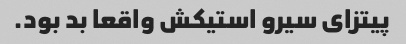
پیتزای سیرو استیکش واقعا بد بود.